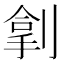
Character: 𫦏